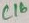
Text: C16